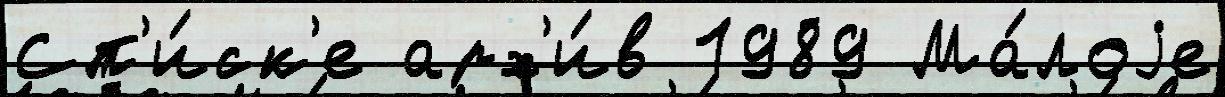
Сп'и́ск'е арх'и́в 1989 Ма́лоjе